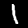
Digit: 1